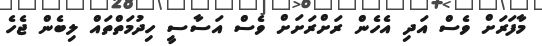
މާފަރަށް ވެސް އަދި އެހެން ރަށްރަށަށް ވެސް އަސާސީ ހިދުމަތްތައް ލިބެން ޖެހެ